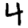
Digit: 4